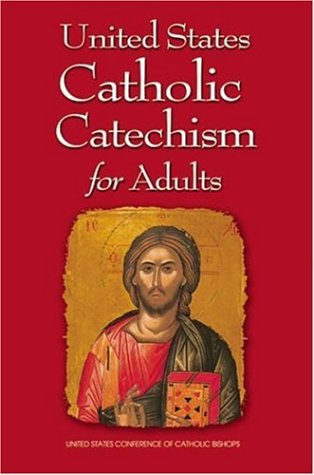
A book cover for United States Catholic Catechism for Adult; US Conference of Catholic Bishops; History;